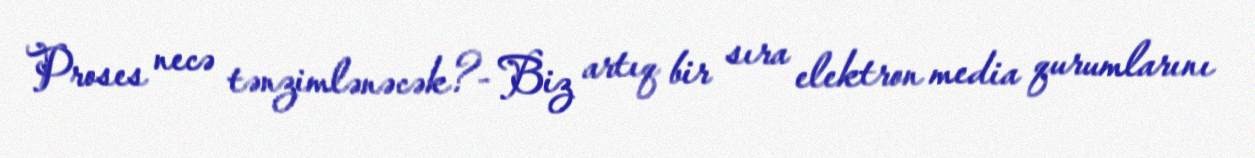
Proses necə tənzimlənəcək?- Biz artıq bir sıra elektron media qurumlarını